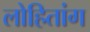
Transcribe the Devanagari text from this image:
लोहितांग